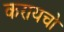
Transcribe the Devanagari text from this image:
करायचो